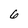
Character: 6